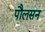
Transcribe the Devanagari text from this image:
पौलसन